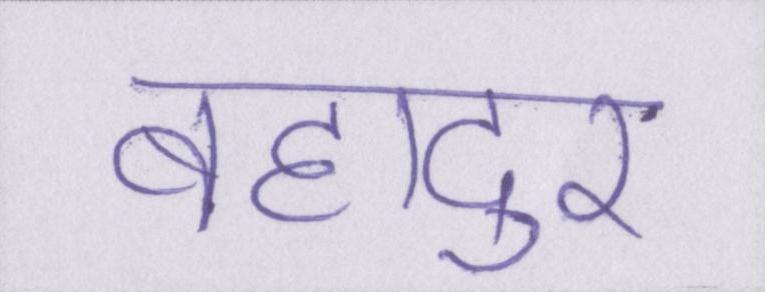
बहादुर